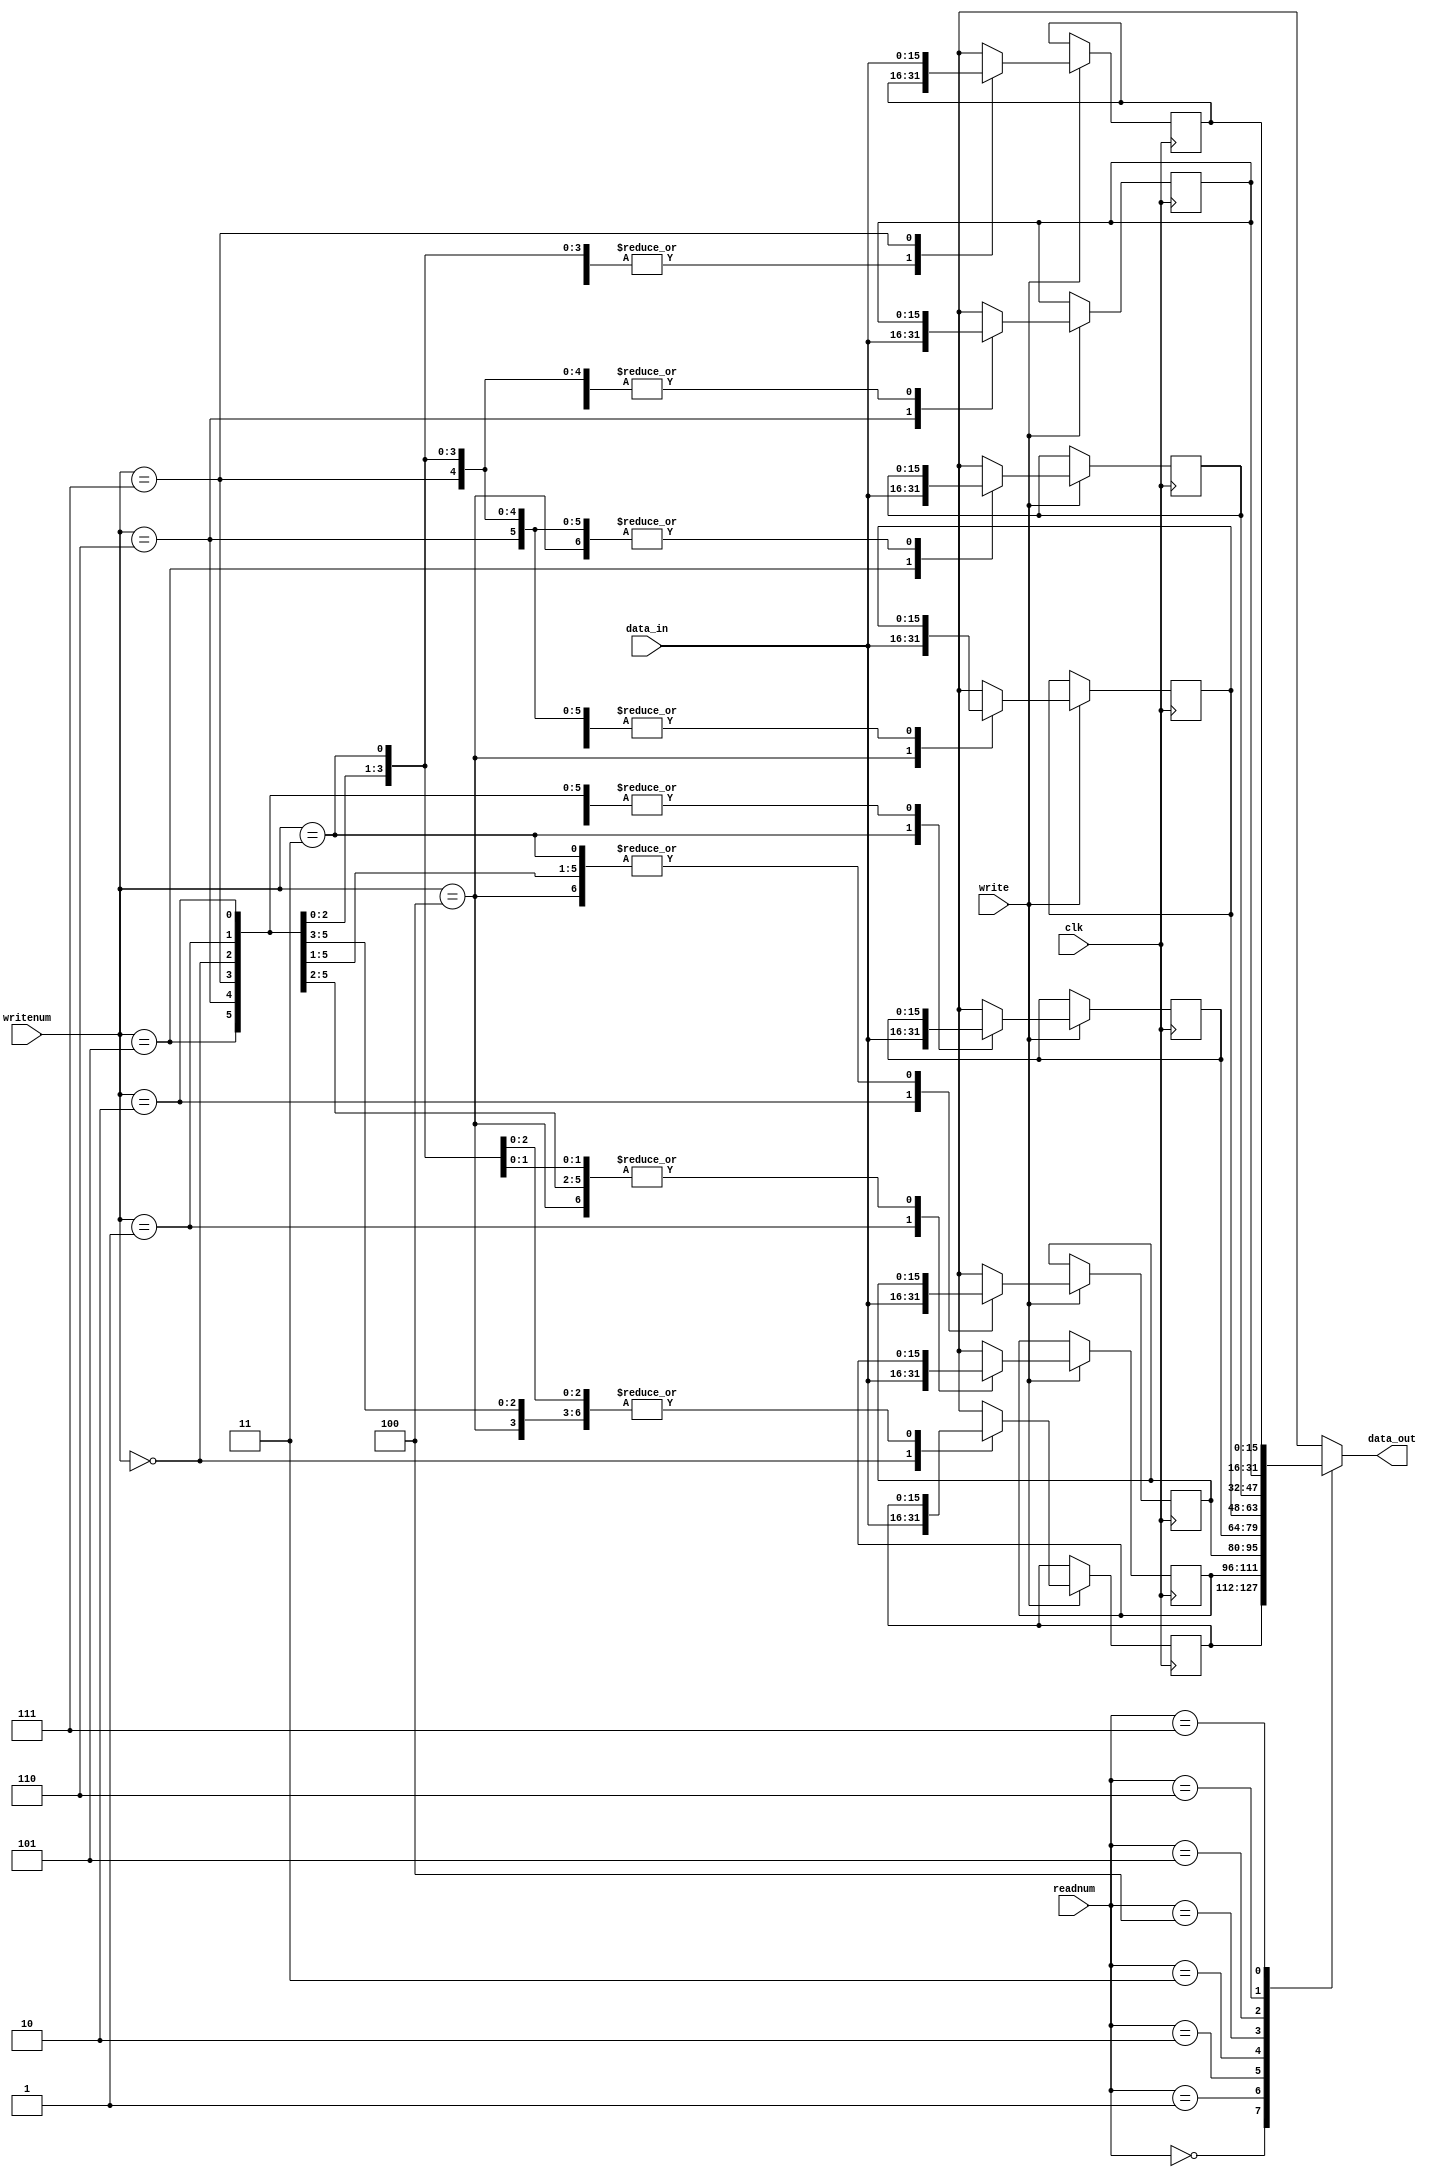
module regfile(data_in,writenum,write,readnum,clk,data_out);
 input [15:0] data_in;
 input [2:0] writenum, readnum;
 input write, clk;
 output reg [15:0] data_out;
 reg [15:0] R0,R1,R2,R3,R4,R5,R6,R7;

always @(*) begin
	case(readnum)
		0: data_out = R0;
		1: data_out = R1;
		2: data_out = R2;
		3: data_out = R3;
		4: data_out = R4;
		5: data_out = R5;
		6: data_out = R6;
		7: data_out = R7;
	endcase
end

always @(posedge clk) begin
	if(write == 1) begin
		case(writenum)
			0: R0 = data_in;
			1: R1 = data_in;
			2: R2 = data_in;
			3: R3 = data_in;
			4: R4 = data_in;
			5: R5 = data_in;
			6: R6 = data_in;
			7: R7 = data_in;
		endcase
	end
end

endmodule